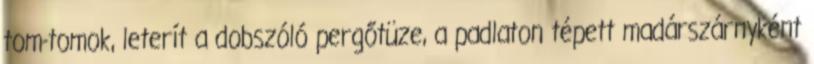
tom-tomok, leterít a dobszóló pergőtüze, a padlaton tépett madárszárnyként